Indian Civil Veterinary Department memoirs
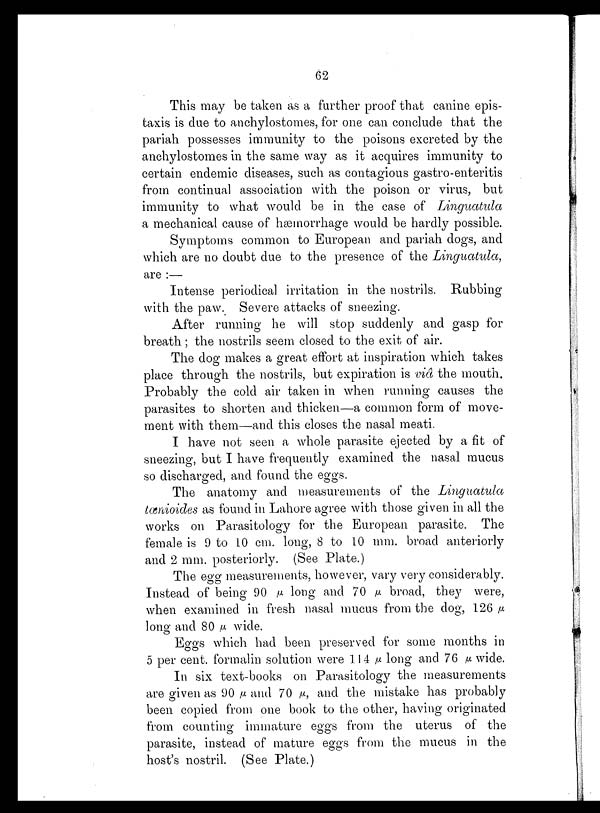
62
This may be taken as a further proof that canine epis-
taxis is due to anchylostomes, for one can conclude that the
pariah possesses immunity to the poisons excreted by the
anchylostomes in the same way as it acquires immunity to
certain endemic diseases, such as contagious gastro-enteritis
from continual association with the poison or virus, but
immunity to what would be in the case of Linguatula
a mechanical cause of hæmorrhage would be hardly possible.
Symptoms common to European and pariah dogs, and
which are no doubt due to the presence of the Linguatula,
are:—
Intense periodical irritation in the nostrils. Rubbing
with the paw. Severe attacks of sneezing.
After running he will stop suddenly and gasp for
breath; the nostrils seem closed to the exit of air.
The dog makes a great effort at inspiration which takes
place through the nostrils, but expiration is viâ the mouth.
Probably the cold air taken in when running causes the
parasites to shorten and thicken—a common form of move-
ment with them—and this closes the nasal meati.
I have not seen a whole parasite ejected by a fit of
sneezing, but I have frequently examined the nasal mucus
so discharged, and found the eggs.
The anatomy and measurements of the Linguatula
tænioides as found in Lahore agree with those given in all the
works on Parasitology for the European parasite. The
female is 9 to 10 cm. long, 8 to 10 mm. broad anteriorly
and 2 mm. posteriorly. (See Plate.)
The egg measurements, however, vary very considerably.
Instead of being 90 µ long and 70 µ broad, they were,
when examined in fresh nasal mucus from the dog, 126 µ
long and 80 µ wide.
Eggs which had been preserved for some months in
5 per cent. formalin solution were 114 µ long and 76 µ wide.
In six text-books on Parasitology the measurements
are given as 90 µ and 70 µ, and the mistake has probably
been copied from one book to the other, having originated
from counting immature eggs from the uterus of the
parasite, instead of mature eggs from the mucus in the
host's nostril. (See Plate.)